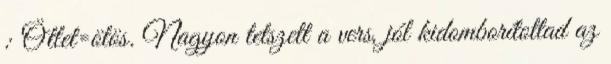
: Ötlet=ötös. Nagyon tetszett a vers, jól kidomborítottad az